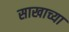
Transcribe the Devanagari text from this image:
साखाच्या